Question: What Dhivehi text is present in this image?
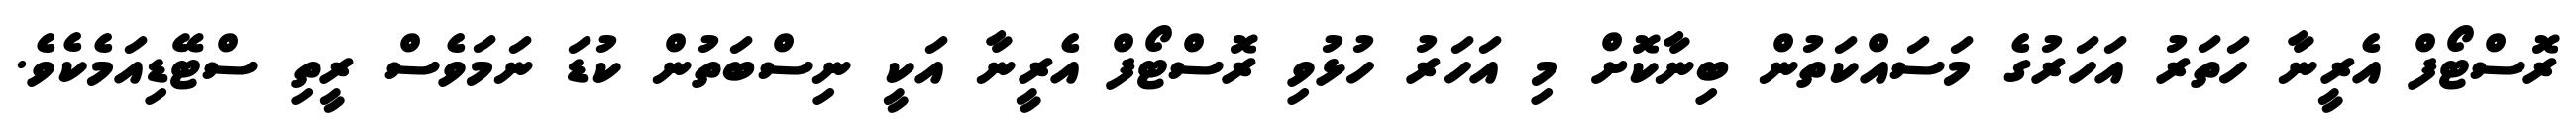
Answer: ރޮސްޓޯފް އެރީނާ ހަތަރު އަހަރުގެ މަސައްކަތުން ބިނާކޮށް މި އަހަރު ހުޅުވި ރޮސްޓޯފް އެރީނާ އަކީ ނިސްބަތުން ކުޑަ ނަމަވެސް ރީތި ސްޓޭޑިއަމެކެވެ.